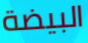
البيضة